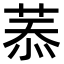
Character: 菾